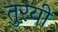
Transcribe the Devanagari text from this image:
तुरयी